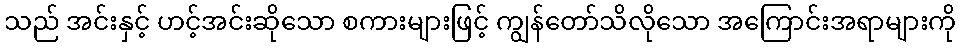
သည် အင်းနှင့် ဟင့်အင်းဆိုသော စကားများဖြင့် ကျွန်တော်သိလိုသော အကြောင်းအရာများကို